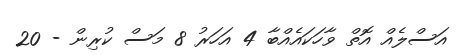
އަސްލެއް އޮތް ވާހަކައެއްބާ 4 އަހަރު 8 މަސް ކުރިން - 20